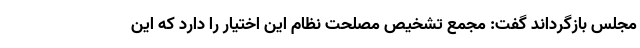
مجلس بازگرداند گفت:‌ مجمع تشخیص مصلحت نظام این اختیار را دارد که این